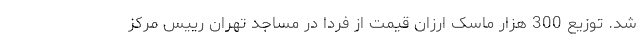
شد. توزیع 300 هزار ماسک ارزان قیمت از فردا در مساجد تهران رییس مرکز